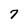
Character: 7